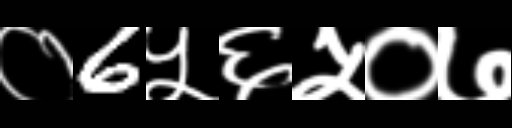
Text: ०6५६५०७